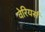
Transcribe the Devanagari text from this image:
वेरियर्स